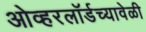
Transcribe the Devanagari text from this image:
ओव्हरलॉर्डच्यावेळी